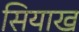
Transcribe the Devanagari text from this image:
सियाख